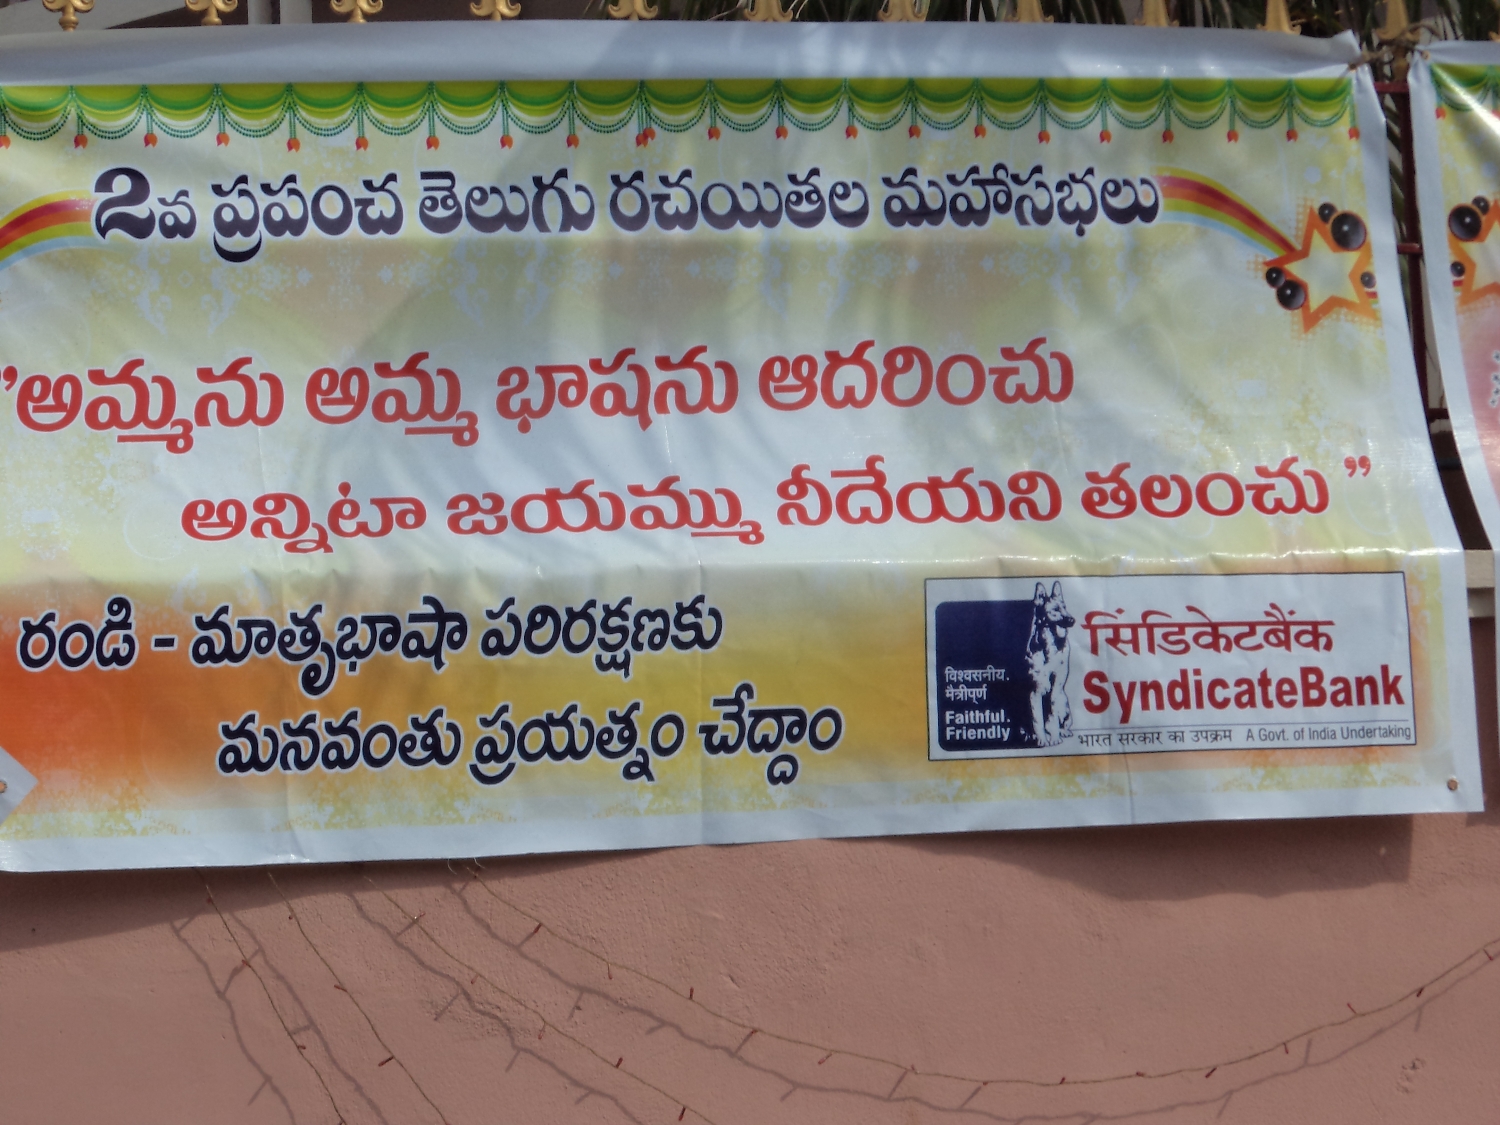
Language: telugu
Transcription: ప్రపంచ తెలుగు రచయితల మహాసభలు భాషను అన్నిటా నీదేయని తలంచు" రండి ప్రయత్నం చేద్దాం మనవంతు జయమ్ము పరిరక్షణకు అమ్మ